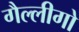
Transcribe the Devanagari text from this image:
गैल्लीगो